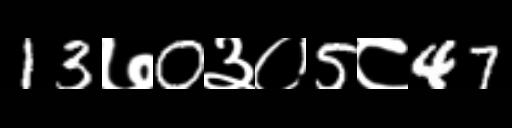
Text: 13७0३०5८47